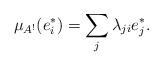
LaTeX: \begin{align*} \mu_{A^!}(e_i^*)=\sum\limits_{j} \lambda_{ji}e_j^*.\end{align*}